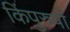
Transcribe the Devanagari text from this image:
किंपुरुषों